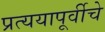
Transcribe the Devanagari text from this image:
प्रत्ययापूर्वीचे